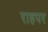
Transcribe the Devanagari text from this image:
राहपर